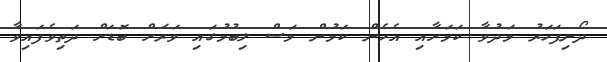
ދޯނިފަހަރު މަދުވާ ކަމަށާއި އެހެން ކަމުން މަސް ލިބުމުގައި ވަރަށް ބޮޑަށް ދަތިވެފައިވާ